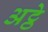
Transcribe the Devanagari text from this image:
अट्ठे